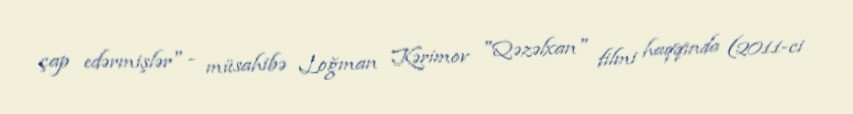
çap edərmişlər" - müsahibə Loğman Kərimov "Qəzəlxan" filmi haqqında (2011-ci